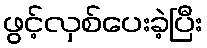
ဖွင့်လှစ်ပေးခဲ့ပြီး